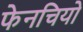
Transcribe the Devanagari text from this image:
फेनचियो